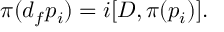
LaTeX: \pi ( d _ { f } p _ { i } ) = i [ D , \pi ( p _ { i } ) ] .